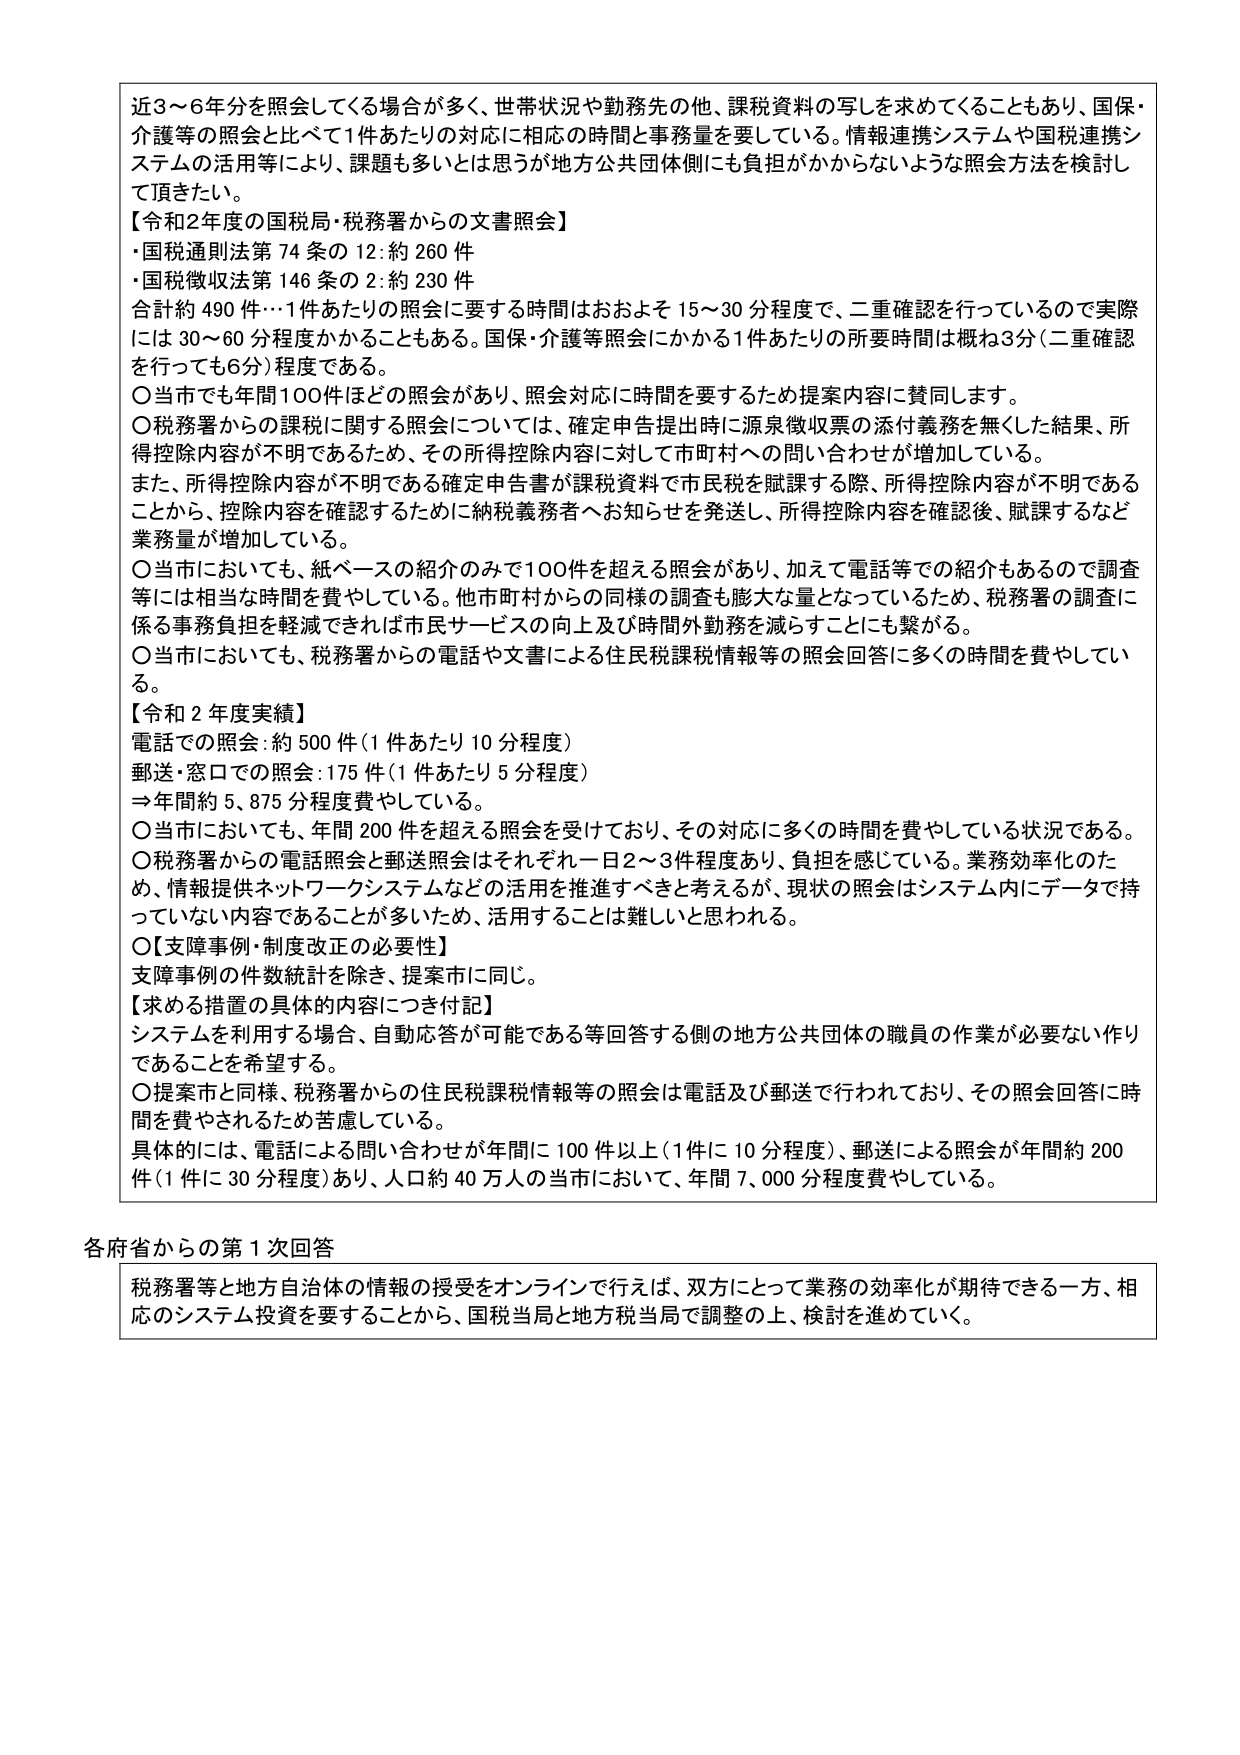
近3～6年分を照会してくる場合が多く、世帯状況や勤務先の他、課税資料の写しを求めてくることもあり、国保・介護等の照会と比べて1件あたりの対応に相当の時間と事務量を要している。情報連携システムや国税連携システムの活用等により、課題も多いとは思うが地方公共団体側にも負担がかからないような照会方法を検討して頂きたい。

【令和2年度の国税局・税務署からの文書照会】
・国税通則法第74条の12:約260件
・国税徴収法第146条の2:約230件
合計約490件…1件あたりの照会に要する時間はおおよそ15～30分程度で、二重確認を行っているので実際には30～60分程度かかることもある。国保・介護等照会にかかる1件あたりの所要時間は概ね3分（二重確認を行っても6分）程度である。

〇当市でも年間100件ほどの照会があり、照会対応に時間を要するため提案内容に賛同します。

〇税務署からの課税に関する照会については、確定申告提出時に源泉徴収票の添付義務を無くした結果、所得控除内容が不明であるため、その所得控除内容に対して市町村への問い合わせが増加している。
また、所得控除内容が不明である確定申告書が課税資料で市民税を賦課する際、所得控除内容が不明であることから、控除内容を確認するために納税義務者へお知らせを発送し、所得控除内容を確認後、賦課するなど業務量が増加している。

〇当市においても、紙ベースの紹介のみで100件を超える照会があり、加えて電話等での紹介もあるので調査等には相当な時間を費やしている。他市町村からの同様の調査も膨大な量となっているため、税務署の調査に係る事務負担を軽減できれば市民サービスの向上及び時間外勤務を減らすことも繋がる。

〇当市においても、税務署からの電話や文書による住民税課税情報等の照会回答に多くの時間を費やしている。

【令和2年度実績】
電話での照会:約500件（1件あたり10分程度）
郵送・窓口での照会:175件（1件あたり5分程度）
⇒年間約5,875分程度費やしている。

〇当市においても、年間200件を超える照会を受けており、その対応に多くの時間を費やしている状況である。

〇税務署からの電話照会と郵送照会はそれぞれ一日2～3件程度あり、負担を感じている。業務効率化のため、情報提供ネットワークシステムなどの活用を推進すべきと考えるが、現状の照会はシステム内にデータで持っていない内容であることが多いため、活用することは難しいと思われる。

〇【支障事例・制度改正の必要性】
支障事例の件数統計を除き、提案市に同じ。

【求める措置の具体的内容につき付記】
システムを利用する場合、自動応答が可能である等回答する側の地方公共団体の職員の作業が必要ない作りであることを希望する。

〇提案市と同様、税務署からの住民税課税情報等の照会は電話及び郵送で行われており、その照会回答に時間を費やされるため苦慮している。
具体的には、電話による問い合わせが年間に100件以上（1件に10分程度）、郵送による照会が年間約200件（1件に30分程度）あり、人口約40万人の当市において、年間7,000分程度費やしている。

各府省からの第1次回答
税務署等と地方自治体の情報の受容をオンラインで行えば、双方にとって業務の効率化が期待できる一方、相応のシステム投資を要することから、国税当局と地方税当局で調整の上、検討を進めていく。